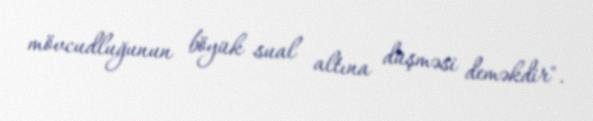
mövcudluğunun böyük sual altına düşməsi deməkdir".